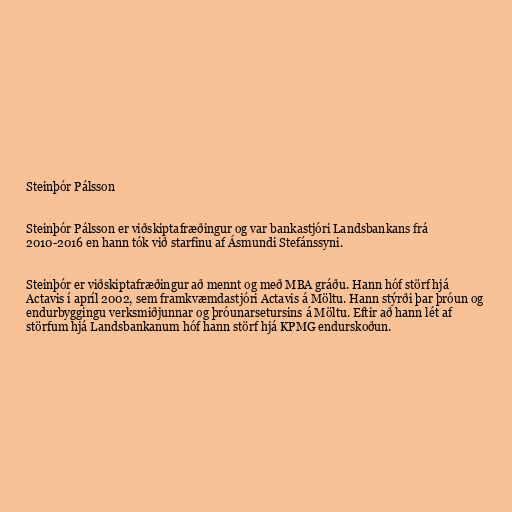
Steinþór Pálsson

Steinþór Pálsson er viðskiptafræðingur og var bankastjóri Landsbankans frá
2010-2016 en hann tók við starfinu af Ásmundi Stefánssyni.

Steinþór er viðskiptafræðingur að mennt og með MBA gráðu. Hann hóf störf hjá
Actavis í apríl 2002, sem framkvæmdastjóri Actavis á Möltu. Hann stýrði þar þróun og
endurbyggingu verksmiðjunnar og þróunarsetursins á Möltu. Eftir að hann lét af
störfum hjá Landsbankanum hóf hann störf hjá KPMG endurskoðun.